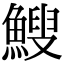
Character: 䱸